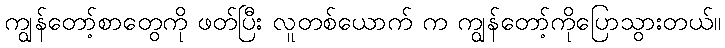
ကျွန်တော့်စာတွေကို ဖတ်ပြီး လူတစ်ယောက် က ကျွန်တော့်ကိုပြောသွားတယ်။